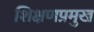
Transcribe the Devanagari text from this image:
शिक्षणप्रमुख